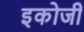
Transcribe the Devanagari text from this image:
इकोजी